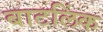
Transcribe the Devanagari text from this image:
बाटलिंक